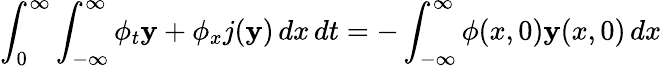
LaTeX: \int_{0}^{\infty}\int_{-\infty}^{\infty}\phi_{t}\mathbf{y}+\phi_{x}j(\mathbf{y})\, dx\, dt=-\int_{-\infty}^{\infty}\phi(x,0)\mathbf{y}(x,0)\, dx